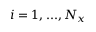
i = 1 , . . . , N _ { x }